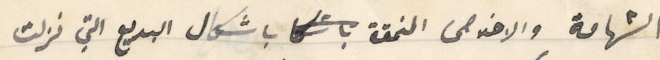
الشهامة والاخلاص المنمقة باشكال البديع التي نزلت